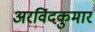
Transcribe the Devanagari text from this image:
अरविंदकुमार